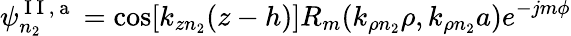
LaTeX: \psi_{n_{2}}^{\mathrm{~I~I~,~a~}}=\cos[k_{zn_{2}}(z-h)]R_{m}(k_{\rho n_{2}}\rho,k_{\rho n_{2}}a)e^{-jm\phi}